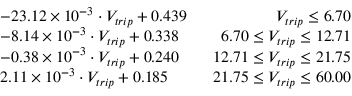
\begin{array} { r l r } & { - 2 3 . 1 2 \times 1 0 ^ { - 3 } \cdot V _ { t r i p } + 0 . 4 3 9 } & { \ \ V _ { t r i p } \leq 6 . 7 0 } \\ & { - 8 . 1 4 \times 1 0 ^ { - 3 } \cdot V _ { t r i p } + 0 . 3 3 8 } & { \ \ 6 . 7 0 \leq V _ { t r i p } \leq 1 2 . 7 1 } \\ & { - 0 . 3 8 \times 1 0 ^ { - 3 } \cdot V _ { t r i p } + 0 . 2 4 0 } & { \ \ 1 2 . 7 1 \leq V _ { t r i p } \leq 2 1 . 7 5 } \\ & { 2 . 1 1 \times 1 0 ^ { - 3 } \cdot V _ { t r i p } + 0 . 1 8 5 } & { \ \ 2 1 . 7 5 \leq V _ { t r i p } \leq 6 0 . 0 0 } \end{array}